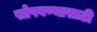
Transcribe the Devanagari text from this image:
सोपवण्यासाठी